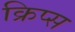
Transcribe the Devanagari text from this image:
क्रिप्‍स